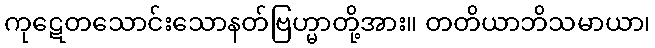
ကုဋေတသောင်းသောနတ်ဗြဟ္မာတို့အား။ တတိယာဘိသမာယာ၊